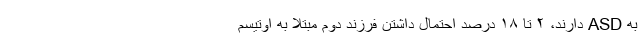
به ASD دارند، ۲ تا ۱۸ درصد احتمال داشتن فرزند دوم مبتلا به اوتیسم